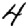
Digit: 4